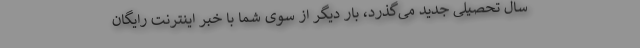
سال تحصیلی جدید می‌گذرد، بار دیگر از سوی شما با خبر اینترنت رایگان